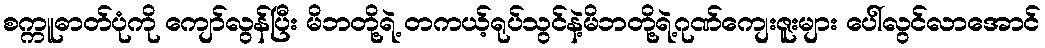
စက္ကူဓာတ်ပုံကို ကျော်လွန်ပြီး မိဘတို့ရဲ့ တကယ့်ရုပ်သွင်နဲ့မိဘတို့ရဲ့ဂုဏ်ကျေးဇူးများ ပေါ်လွင်လာအောင်